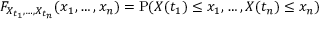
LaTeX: F _ { X _ { t _ { 1 } } , \ldots , X _ { t _ { n } } } ( x _ { 1 } , \ldots , x _ { n } ) = \mathrm { P } ( X ( t _ { 1 } ) \leq x _ { 1 } , \ldots , X ( t _ { n } ) \leq x _ { n } )